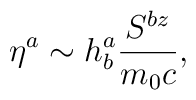
\eta ^{a}\sim h_{b}^{a}\frac{S^{bz}}{m_{0}c},